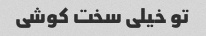
تو خیلی سخت کوشی